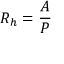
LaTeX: R _ { h } = { \frac { A } { P } }